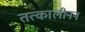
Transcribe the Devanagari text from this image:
तत्कालीनन